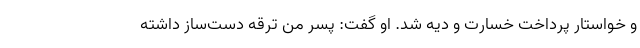
و خواستار پرداخت خسارت و دیه شد. او گفت: پسر من ترقه دست‌ساز داشته